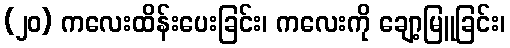
(၂၀) ကလေးထိန်းပေးခြင်း၊ ကလေးကို ချော့မြူခြင်း၊